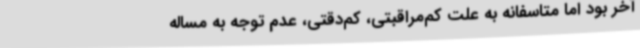
آخر بود اما متاسفانه به علت کم‌مراقبتی، کم‌دقتی، عدم توجه به مساله